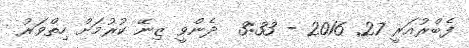
ފެބްރުއަރީ 27